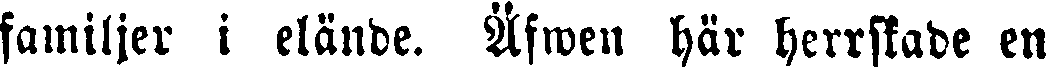
familjer i elände. Äfwen här herrskade en